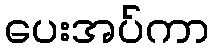
ပေးအပ်ကာ